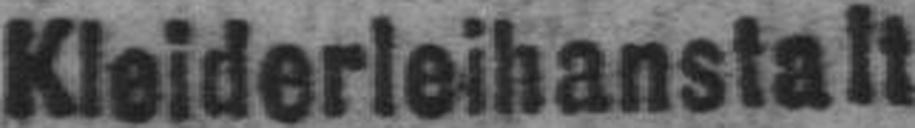
Kleiderleihanstalt